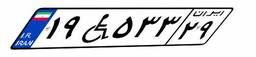
۱۹W۵۳۳۲۹